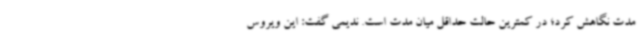
مدت نگاهش کرد؛ در کمترین حالت حداقل میان مدت است. ندیمی گفت: این ویروس